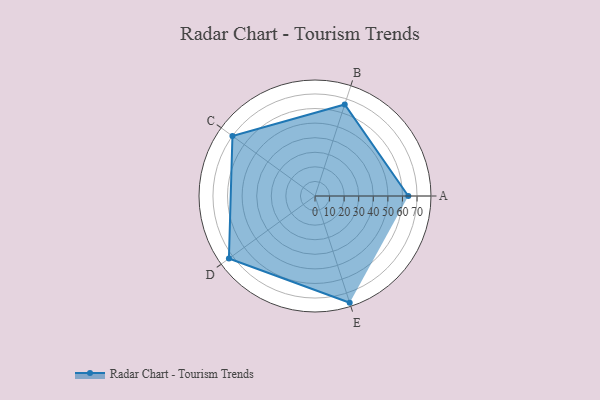
{"axis": {"x": "Skill", "y": "Score"}, "legend": ["Profile"], "data": [{"x": "A", "y": 64.0, "type": "Profile"}, {"x": "B", "y": 66.0, "type": "Profile"}, {"x": "C", "y": 70.0, "type": "Profile"}, {"x": "D", "y": 73.0, "type": "Profile"}, {"x": "E", "y": 77.0, "type": "Profile"}]}